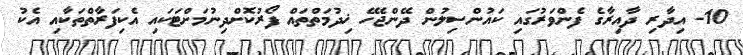
10- އިދާރި ދާއިރާގެ ފެންވަރުގައި ކައުންސިލުން ދޭންޖެހޭ ޚިދުމަތްތައް ފޯރުކޮށްދިނުމަށްޓަކައި އެކިފަރާތްތަކާއި އެކު